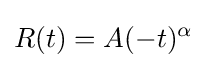
R(t)=A(-t)^{\alpha }